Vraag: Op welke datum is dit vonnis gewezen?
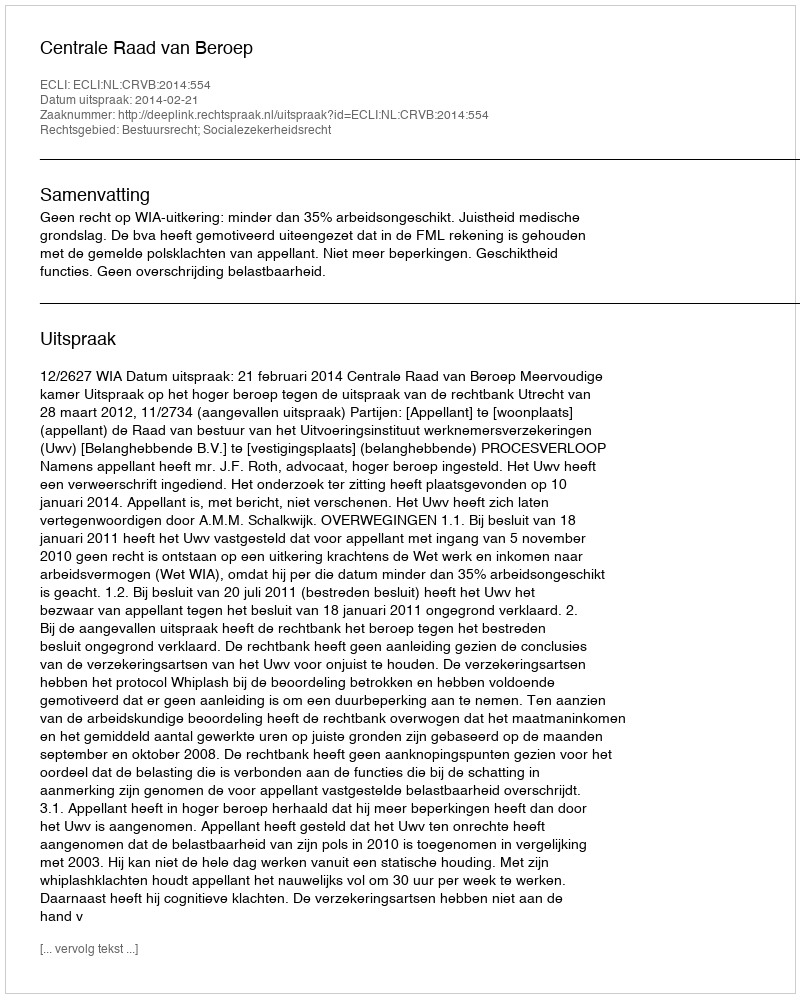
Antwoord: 2014-02-21